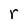
Character: r